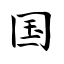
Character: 国